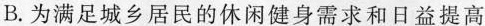
B.为满足城乡居民的休闲健身需求和日益提高